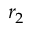
r _ { 2 }